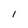
Character: I